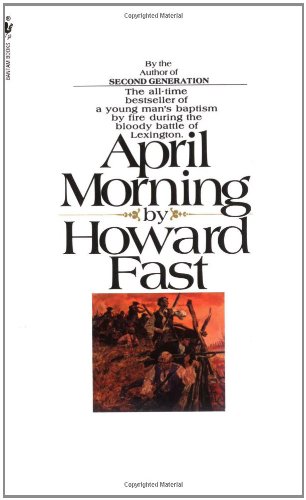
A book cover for April Morning; Howard Fast; Literature & Fiction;